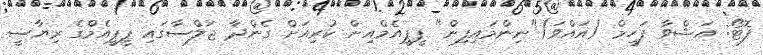
ފޮޓޯ: އަޝްވާ ފަހީމް (އައްވަ)"ނިންމައިފިން" ޕީޕީއެމްއިން ކުރިއަށް ގެންދާ ޖަލްސާގައި ޕީޕީއެމްގެ ރިޔާސީ